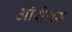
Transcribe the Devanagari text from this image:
ऑरीअस